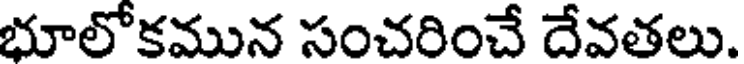
భూలోకమున సంచరించే దేవతలు.